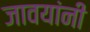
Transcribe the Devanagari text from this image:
जावयांनी